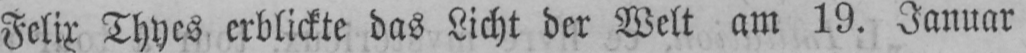
Felix Thyes erblickte das Licht der Welt am 19. Januar